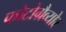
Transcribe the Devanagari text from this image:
फोटोग्रैव्योर